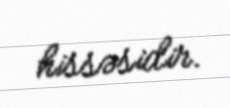
hissəsidir.